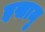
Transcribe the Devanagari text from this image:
इसामु